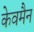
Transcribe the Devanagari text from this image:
केवमैन